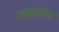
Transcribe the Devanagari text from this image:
वाड्यांतील